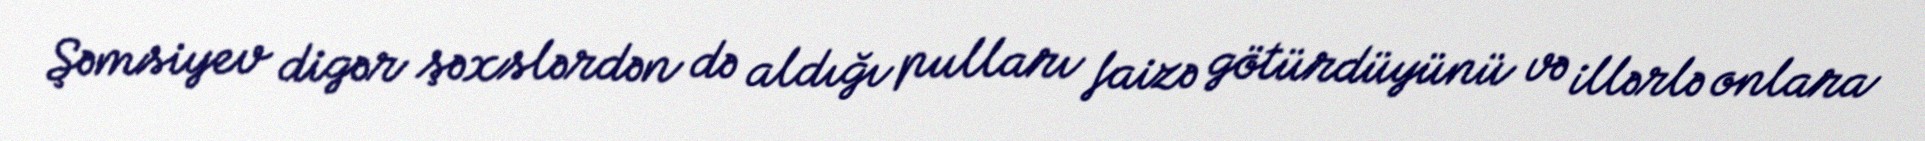
Şəmsiyev digər şəxslərdən də aldığı pulları faizə götürdüyünü və illərlə onlara